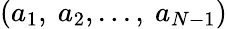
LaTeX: (a_{1},\ a_{2},...,\ a_{N-1})